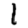
Digit: 1